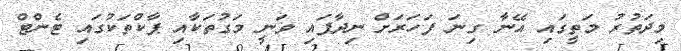
މިދަތުރު މަތީގައި އޭނާ ގިނަ ފަހަރަށް ނިދާފައި ވަނީ މަގުތަކާއި ޕާކްތަކުގައި ޓެންޓް